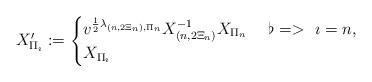
LaTeX: \begin{align*}X'_{\Pi_{\imath}}:=\begin{cases}v^{\frac{1}{2}\lambda_{(n, 2\Xi_n), \Pi_n}}X_{(n, 2\Xi_n)}^{-1}X_{\Pi_{n}}&\ \flat=> \ \imath=n,\\ X_{\Pi_{\imath}}& \end{cases}\end{align*}